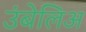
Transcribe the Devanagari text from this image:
उंबेलिअ